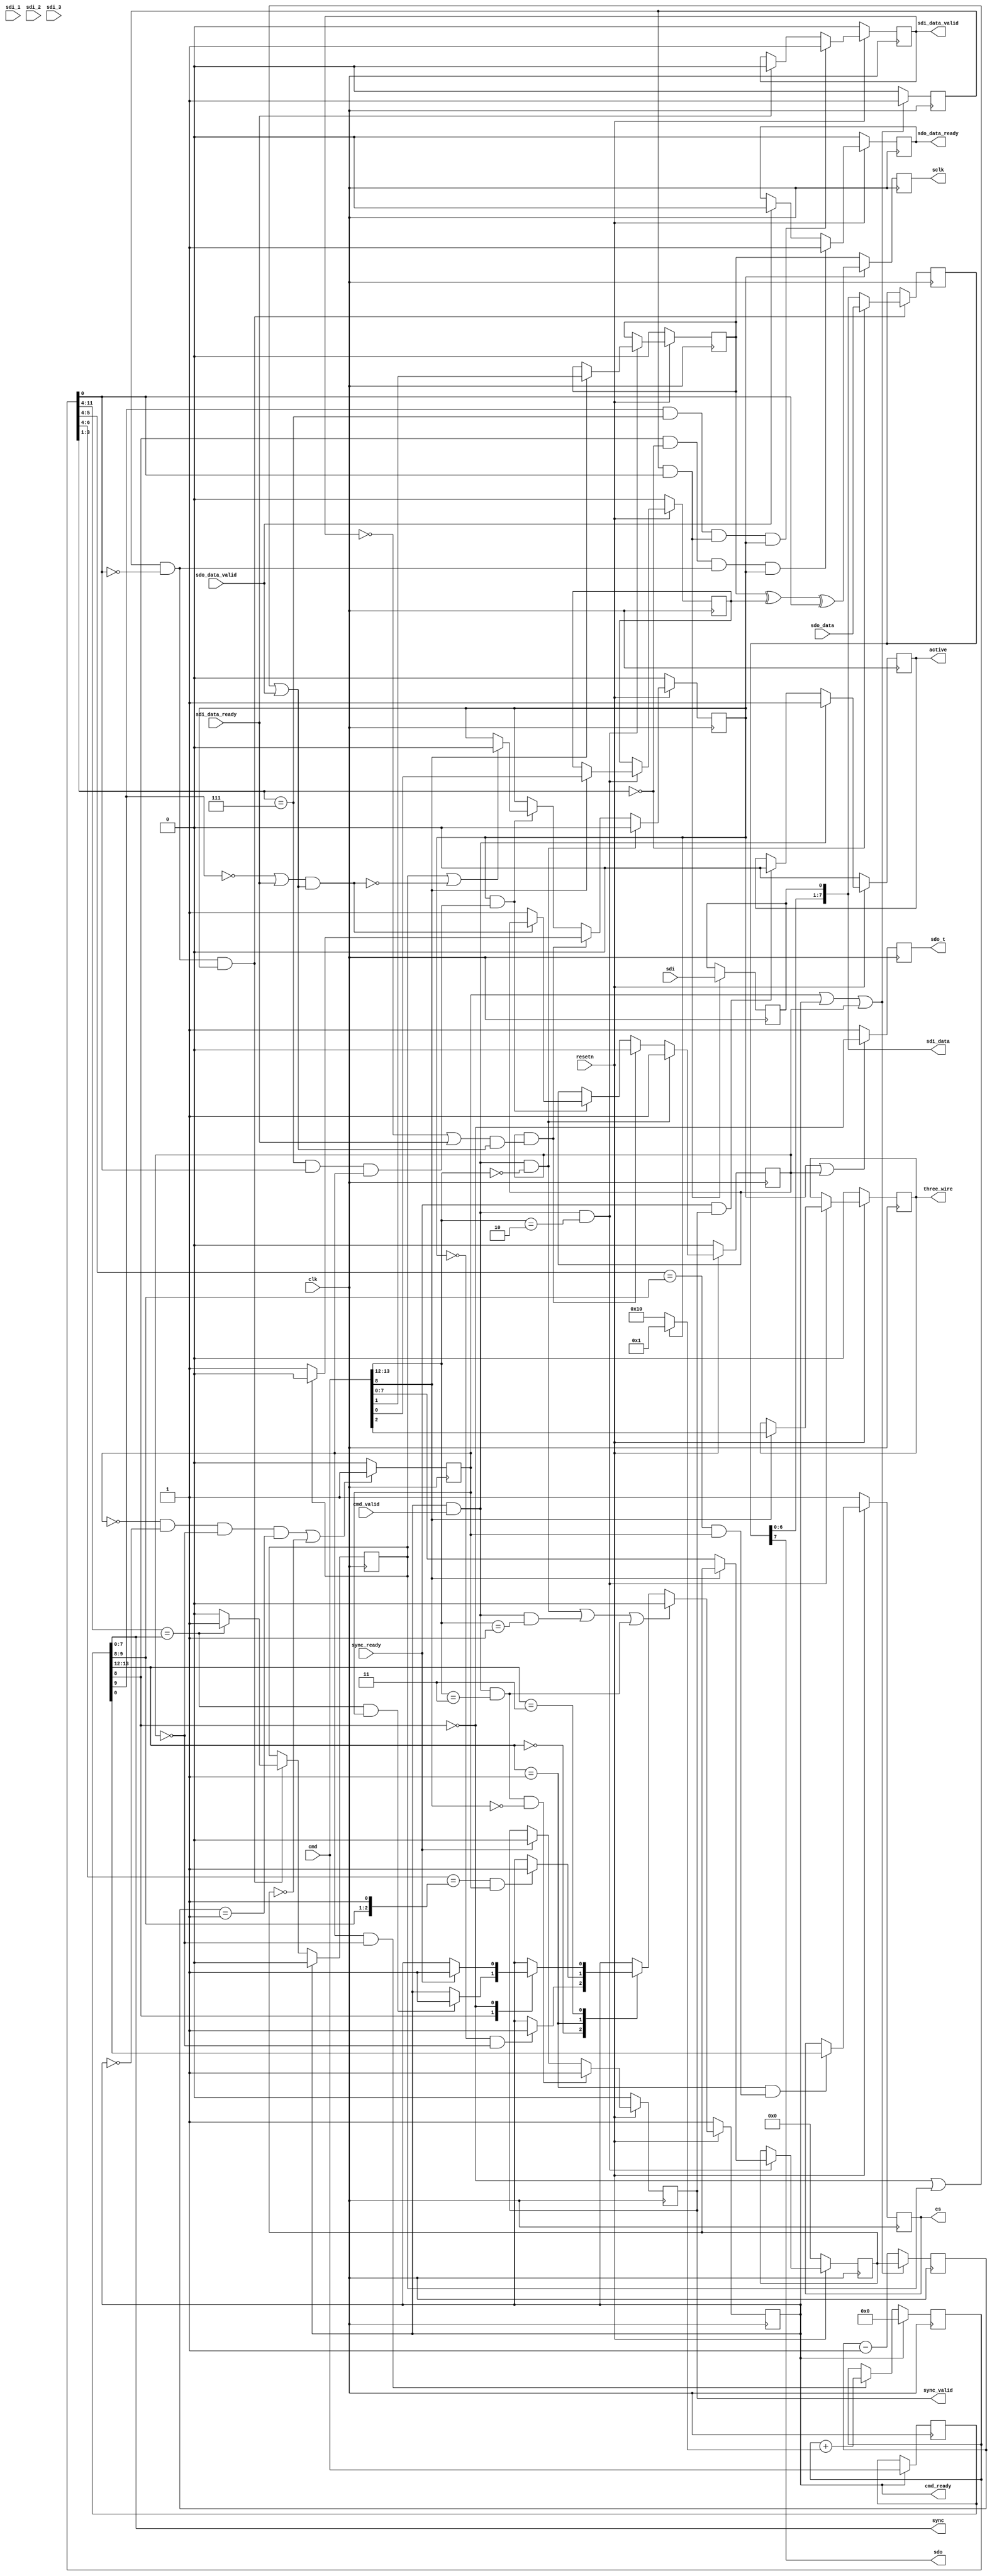
module spi_engine_execution (
  input clk,
  input resetn,

  output reg active,

  output cmd_ready,
  input cmd_valid,
  input [15:0] cmd,

  input sdo_data_valid,
  output reg sdo_data_ready,
  input [(DATA_WIDTH-1):0] sdo_data,


  input sdi_data_ready,
  output reg sdi_data_valid,
  output [(NUM_OF_SDI * DATA_WIDTH-1):0] sdi_data,

  input sync_ready,
  output reg sync_valid,
  output [7:0] sync,

  output reg sclk,
  output sdo,
  output reg sdo_t,
  input sdi,
  input sdi_1,
  input sdi_2,
  input sdi_3,
  output reg [NUM_OF_CS-1:0] cs,
  output reg three_wire
);

parameter NUM_OF_CS = 1;
parameter DEFAULT_SPI_CFG = 0;
parameter DEFAULT_CLK_DIV = 0;
parameter DATA_WIDTH = 8;                   // Valid data widths values are 8/16/24/32
parameter NUM_OF_SDI = 1;

localparam CMD_TRANSFER = 2'b00;
localparam CMD_CHIPSELECT = 2'b01;
localparam CMD_WRITE = 2'b10;
localparam CMD_MISC = 2'b11;

localparam MISC_SYNC = 1'b0;
localparam MISC_SLEEP = 1'b1;

localparam REG_CLK_DIV = 1'b0;
localparam REG_CONFIG = 1'b1;

localparam BIT_COUNTER_WIDTH = DATA_WIDTH > 16 ? 5 :
                               DATA_WIDTH > 8  ? 4 : 3;

reg idle;

reg [7:0] clk_div_counter = 'h00;
reg [7:0] clk_div_counter_next = 'h00;
reg clk_div_last;

reg [(BIT_COUNTER_WIDTH+8):0] counter = 'h00;

wire [7:0] sleep_counter = counter[(BIT_COUNTER_WIDTH+8):(BIT_COUNTER_WIDTH+1)];
wire [1:0] cs_sleep_counter = counter[(BIT_COUNTER_WIDTH+2):(BIT_COUNTER_WIDTH+1)];
wire [2:0] cs_sleep_counter2 = counter[(BIT_COUNTER_WIDTH+3):(BIT_COUNTER_WIDTH+1)];
wire [(BIT_COUNTER_WIDTH-1):0] bit_counter = counter[BIT_COUNTER_WIDTH:1];
wire [7:0] transfer_counter = counter[(BIT_COUNTER_WIDTH+8):(BIT_COUNTER_WIDTH+1)];
wire ntx_rx = counter[0];

reg trigger = 1'b0;
reg trigger_next = 1'b0;
reg wait_for_io = 1'b0;
reg transfer_active = 1'b0;

wire last_bit;
wire first_bit;
reg last_transfer;
wire end_of_word;

assign first_bit = bit_counter == 'h0;
assign last_bit = bit_counter == DATA_WIDTH - 1;
assign end_of_word = last_bit == 1'b1 && ntx_rx == 1'b1 && clk_div_last == 1'b1;

reg [15:0] cmd_d1;

reg cpha = DEFAULT_SPI_CFG[0];
reg cpol = DEFAULT_SPI_CFG[1];
reg [7:0] clk_div = DEFAULT_CLK_DIV;

wire sdo_enabled = cmd_d1[8];
wire sdi_enabled = cmd_d1[9];

reg [(DATA_WIDTH):0] data_shift = 'h0;
reg [(DATA_WIDTH):0] data_shift_1 = 'h0;
reg [(DATA_WIDTH):0] data_shift_2 = 'h0;
reg [(DATA_WIDTH):0] data_shift_3 = 'h0;

wire [1:0] inst = cmd[13:12];
wire [1:0] inst_d1 = cmd_d1[13:12];

wire exec_cmd = cmd_ready && cmd_valid;
wire exec_transfer_cmd = exec_cmd && inst == CMD_TRANSFER;
wire exec_write_cmd = exec_cmd && inst == CMD_WRITE;
wire exec_chipselect_cmd = exec_cmd && inst == CMD_CHIPSELECT;
wire exec_misc_cmd = exec_cmd && inst == CMD_MISC;
wire exec_sync_cmd = exec_misc_cmd && cmd[8] == MISC_SYNC;

assign cmd_ready = idle;

always @(posedge clk) begin
        if (cmd_ready)
                cmd_d1 <= cmd;
end

always @(posedge clk) begin
        if (resetn == 1'b0) begin
                active <= 1'b0;
        end else begin
                if (exec_cmd == 1'b1)
                        active <= 1'b1;
                else if (sync_ready == 1'b1 && sync_valid == 1'b1)
                        active <= 1'b0;
        end
end

always @(posedge clk) begin
        if (resetn == 1'b0) begin
                cpha <= DEFAULT_SPI_CFG[0];
                cpol <= DEFAULT_SPI_CFG[1];
                three_wire <= DEFAULT_SPI_CFG[2];
                clk_div <= DEFAULT_CLK_DIV;
        end else if (exec_write_cmd == 1'b1) begin
                 if (cmd[8] == REG_CONFIG) begin
                        cpha <= cmd[0];
                        cpol <= cmd[1];
                        three_wire <= cmd[2];
                end else if (cmd[8] == REG_CLK_DIV) begin
                        clk_div <= cmd[7:0];
                end
        end
end

always @(posedge clk) begin
        if ((clk_div_last == 1'b0 && idle == 1'b0 && wait_for_io == 1'b0 &&
                clk_div_counter == 'h01) || clk_div == 'h00)
                clk_div_last <= 1'b1;
        else
                clk_div_last <= 1'b0;
end

always @(posedge clk) begin
        if (clk_div_last == 1'b1 || idle == 1'b1 || wait_for_io == 1'b1) begin
                clk_div_counter <= clk_div;
                trigger <= 1'b1;
        end else begin
                clk_div_counter <= clk_div_counter - 1'b1;
                trigger <= 1'b0;
        end
end

wire trigger_tx = trigger == 1'b1 && ntx_rx == 1'b0;
wire trigger_rx = trigger == 1'b1 && ntx_rx == 1'b1;

wire sleep_counter_compare = sleep_counter == cmd_d1[7:0] && clk_div_last == 1'b1;
wire cs_sleep_counter_compare = cs_sleep_counter == cmd_d1[9:8] && clk_div_last == 1'b1;
wire cs_sleep_counter_compare2 = cs_sleep_counter2 == {cmd_d1[9:8],1'b1} && clk_div_last == 1'b1;

always @(posedge clk) begin
        if (idle == 1'b1)
                counter <= 'h00;
        else if (clk_div_last == 1'b1 && wait_for_io == 1'b0)
                counter <= counter + (transfer_active ? 'h1 : 'h10);
end

always @(posedge clk) begin
        if (resetn == 1'b0) begin
                idle <= 1'b1;
        end else begin
                if (exec_transfer_cmd || exec_chipselect_cmd || exec_misc_cmd) begin
                        idle <= 1'b0;
                end else begin
                        case (inst_d1)
                        CMD_TRANSFER: begin
                                if (transfer_active == 1'b0 && wait_for_io == 1'b0)
                                        idle <= 1'b1;
                        end
                        CMD_CHIPSELECT: begin
                                if (cs_sleep_counter_compare2)
                                        idle <= 1'b1;
                        end
                        CMD_MISC: begin
                                case (cmd_d1[8])
                                MISC_SLEEP: begin
                                        if (sleep_counter_compare)
                                                idle <= 1'b1;
                                end
                                MISC_SYNC: begin
                                        if (sync_ready)
                                                idle <= 1'b1;
                                end
                                endcase
                        end
                        endcase
                end
        end
end

always @(posedge clk) begin
        if (resetn == 1'b0) begin
                cs <= 'hff;
        end else if (inst_d1 == CMD_CHIPSELECT && cs_sleep_counter_compare == 1'b1) begin
                cs <= cmd_d1[NUM_OF_CS-1:0];
        end
end

always @(posedge clk) begin
        if (resetn == 1'b0) begin
                sync_valid <= 1'b0;
        end else begin
                if (exec_sync_cmd == 1'b1) begin
                        sync_valid <= 1'b1;
                end else if (sync_ready == 1'b1) begin
                        sync_valid <= 1'b0;
                end
        end
end

assign sync = cmd_d1[7:0];

always @(posedge clk) begin
        if (resetn == 1'b0)
                sdo_data_ready <= 1'b0;
        else if (sdo_enabled == 1'b1 && first_bit == 1'b1 && trigger_tx == 1'b1 &&
                transfer_active == 1'b1)
                sdo_data_ready <= 1'b1;
        else if (sdo_data_valid == 1'b1)
                sdo_data_ready <= 1'b0;
end

always @(posedge clk) begin
        if (resetn == 1'b0)
                sdi_data_valid <= 1'b0;
        else if (sdi_enabled == 1'b1 && last_bit == 1'b1 && trigger_rx == 1'b1 &&
                transfer_active == 1'b1)
                sdi_data_valid <= 1'b1;
        else if (sdi_data_ready == 1'b1)
                sdi_data_valid <= 1'b0;
end

wire io_ready1 = (sdi_data_valid == 1'b0 || sdi_data_ready == 1'b1) &&
        (sdo_enabled == 1'b0 || last_transfer == 1'b1 || sdo_data_valid == 1'b1);
wire io_ready2 = (sdi_enabled == 1'b0 || sdi_data_ready == 1'b1) &&
        (sdo_enabled == 1'b0 || last_transfer == 1'b1 || sdo_data_valid == 1'b1);

always @(posedge clk) begin
        if (idle == 1'b1) begin
                last_transfer <= 1'b0;
        end else if (trigger_tx == 1'b1 && transfer_active == 1'b1) begin
                if (transfer_counter == cmd_d1[7:0])
                        last_transfer <= 1'b1;
                else
                        last_transfer <= 1'b0;
        end
end

always @(posedge clk) begin
        if (resetn == 1'b0) begin
                transfer_active <= 1'b0;
                wait_for_io <= 1'b0;
        end else begin
                if (exec_transfer_cmd == 1'b1) begin
                        wait_for_io <= 1'b1;
                        transfer_active <= 1'b0;
                end else if (wait_for_io == 1'b1 && io_ready1 == 1'b1) begin
                        wait_for_io <= 1'b0;
                        if (last_transfer == 1'b0)
                                transfer_active <= 1'b1;
                        else
                                transfer_active <= 1'b0;
                end else if (transfer_active == 1'b1 && end_of_word == 1'b1) begin
                        if (last_transfer == 1'b1 || io_ready2 == 1'b0)
                                transfer_active <= 1'b0;
                        if (io_ready2 == 1'b0)
                                wait_for_io <= 1'b1;
                end
        end
end

always @(posedge clk) begin
        if (transfer_active == 1'b1 || wait_for_io == 1'b1)
        begin
          sdo_t <= ~sdo_enabled;
        end else begin
          sdo_t <= 1'b1;
        end
end

always @(posedge clk) begin
        if (transfer_active == 1'b1 && trigger_tx == 1'b1) begin
                if (first_bit == 1'b1)
                  data_shift[DATA_WIDTH:1] <= sdo_data;
                else
                  data_shift[DATA_WIDTH:1] <= data_shift[(DATA_WIDTH-1):0];
                  data_shift_1[DATA_WIDTH:1] <= data_shift_1[(DATA_WIDTH-1):0];
                  data_shift_2[DATA_WIDTH:1] <= data_shift_2[(DATA_WIDTH-1):0];
                  data_shift_3[DATA_WIDTH:1] <= data_shift_3[(DATA_WIDTH-1):0];
        end
end

assign sdo = data_shift[DATA_WIDTH];
assign sdi_data = (NUM_OF_SDI == 1) ? data_shift[(DATA_WIDTH-1):0] :
                  (NUM_OF_SDI == 2) ? {data_shift_1[(DATA_WIDTH-1):0], data_shift[(DATA_WIDTH-1):0]} :
                  (NUM_OF_SDI == 3) ? {data_shift_2[(DATA_WIDTH-1):0], data_shift_1[(DATA_WIDTH-1):0], data_shift[(DATA_WIDTH-1):0]} :
                  (NUM_OF_SDI == 4) ? {data_shift_3[(DATA_WIDTH-1):0], data_shift_2[(DATA_WIDTH-1):0], data_shift_1[(DATA_WIDTH-1):0], data_shift[(DATA_WIDTH-1):0]} :
                  data_shift[7:0];

always @(posedge clk) begin
        if (trigger_rx == 1'b1) begin
          data_shift[0] <= sdi;
          data_shift_1[0] <= sdi_1;
          data_shift_2[0] <= sdi_2;
          data_shift_3[0] <= sdi_3;
        end
end

always @(posedge clk) begin
        if (transfer_active == 1'b1) begin
          sclk <= cpol ^ cpha ^ ntx_rx;
        end else begin
          sclk <= cpol;
        end
end

endmodule